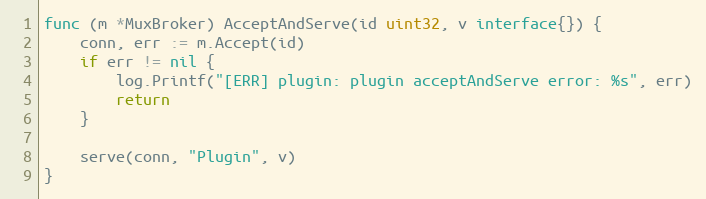
Language: Go
func (m *MuxBroker) AcceptAndServe(id uint32, v interface{}) {
	conn, err := m.Accept(id)
	if err != nil {
		log.Printf("[ERR] plugin: plugin acceptAndServe error: %s", err)
		return
	}

	serve(conn, "Plugin", v)
}